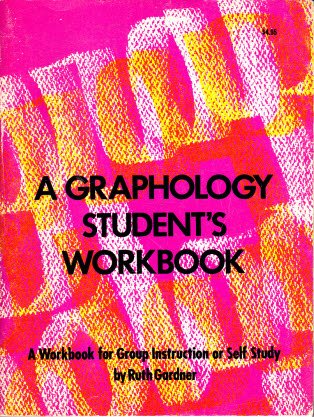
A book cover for Graphology Student's Workbook: A Workbook for Group Instruction or Self Study; Ruth Gardner; Self-Help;